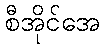
စီအိုင်အေ